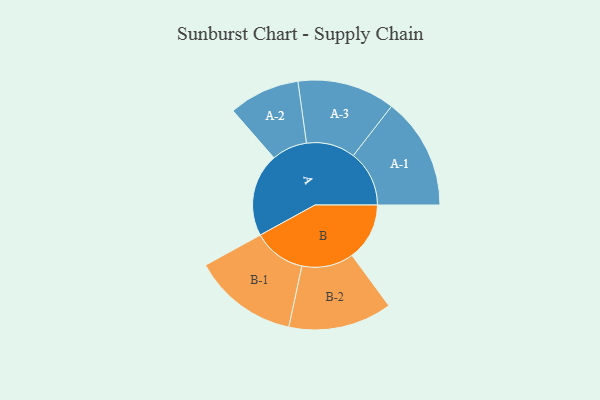
{"axis": {"x": "Segment", "y": "Value"}, "legend": ["", "A", "B"], "data": [{"x": "A", "y": 424, "type": ""}, {"x": "B", "y": 293, "type": ""}, {"x": "A-1", "y": 285, "type": "A"}, {"x": "A-2", "y": 181, "type": "A"}, {"x": "A-3", "y": 249, "type": "A"}, {"x": "B-1", "y": 268, "type": "B"}, {"x": "B-2", "y": 264, "type": "B"}]}